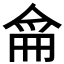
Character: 𠋁